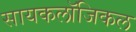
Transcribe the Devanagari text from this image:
सायकलॉजिकल